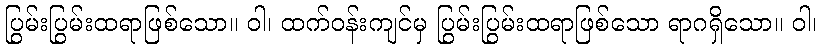
ပြွမ်းပြွမ်းထရာဖြစ်သော။ ဝါ၊ ထက်ဝန်းကျင်မှ ပြွမ်းပြွမ်းထရာဖြစ်သော ရာဂရှိသော။ ဝါ၊